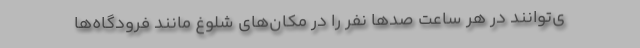
ی‌توانند در هر ساعت صدها نفر را در مکان‌های شلوغ مانند فرودگاه‌ها